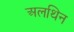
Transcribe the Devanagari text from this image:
अलथिन